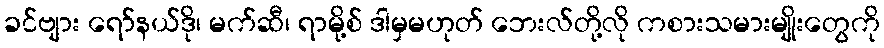
ခင်ဗျား ရော်နယ်ဒို၊ မက်ဆီ၊ ရာမို့စ် ဒါမှမဟုတ် ဘေးလ်တို့လို ကစားသမားမျိုးတွေကို